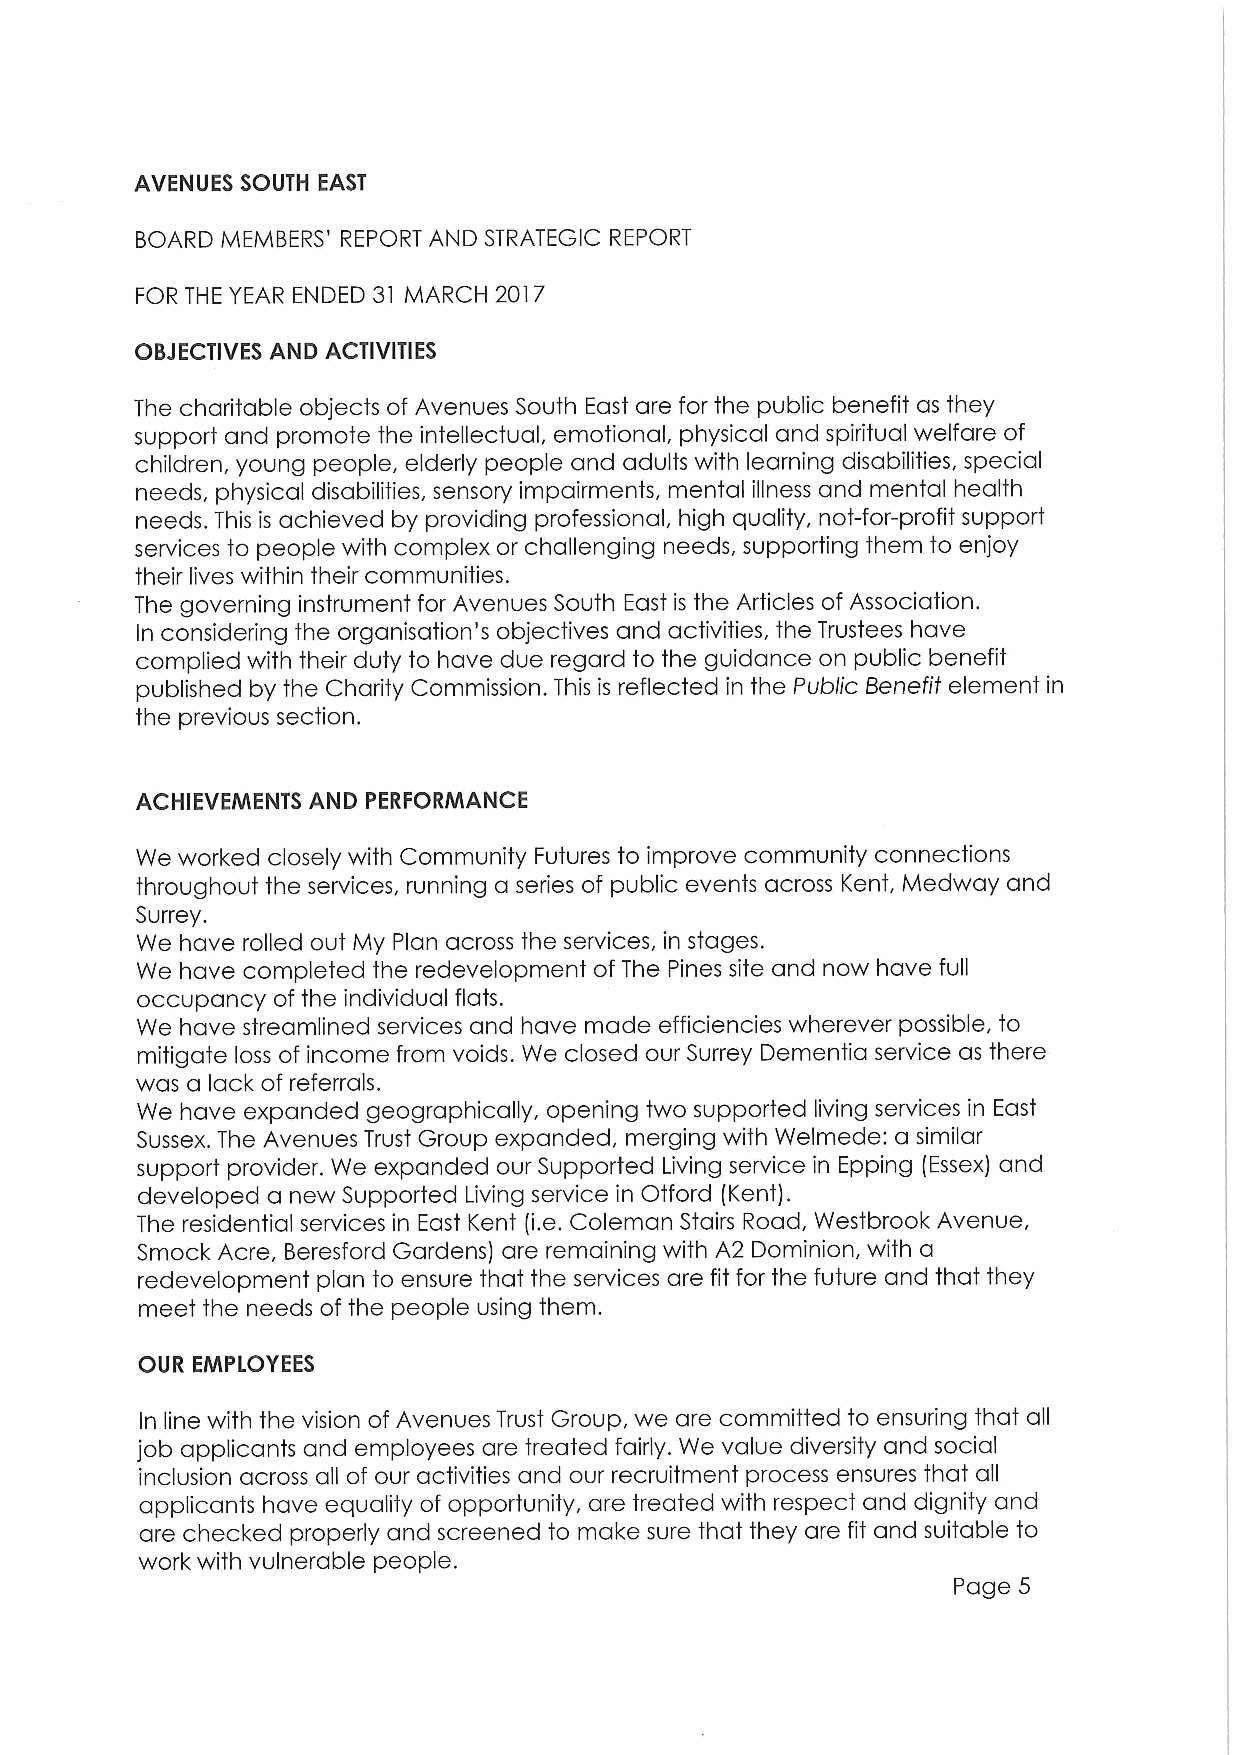
AVENUES SOUTH EAST
 BOARD MEMBERS' REPORT AND STRATEGIC REPORT
 FOR THE YEAR ENDED 31 MARCH 2017
 OBJECTIVES AND ACTIVITIES
 The charitable objects of Avenues South East are for the public benefit as they
 support and promote the intellectual, emotional, physical and spiritual welfare of
 children, young people, elderly people and adults with learning disabilities, special
 needs, physical disabilities, sensory impairments, mental illness and mental health
 needs. This is achieved by providing professional, high quality, not-for-profit support
 services to people with complex or challenging needs, supporting them to enjoy
 their lives within their communities.
 The governing instrument for Avenues South East is the Articles of Association.
 In considering the organisation's objectives and activities, the Trustees have
 complied with their duty to have due regard to the guidance on public benefit
 published by the Charity Commission. This is reflected in the Public Benefit element in
 the previous section.
 ACHIEVEMENTS AND PERFORMANCE
 We worked closely with Community Futures to improve community connections
 throughout the services, running a series of public events across Kent, Medway and
 Surrey.
 We have rolled out My Plan across the services, in stages.
 We have completed the redevelopment ofThe Pines site and now have full
 occupancy of the individual flats.
 We have streamlined services and have made efficiencies wherever possible, to
 mitigate loss of income from voids. We closed our Surrey Dementia service as there
 was a lack of referrals.
 We have expanded geographically, opening two supported living services in East
 Sussex. The Avenues Trust Group expanded, merging with Welmede: a similar
 support provider. We expanded our Supported Living service in Epping (Essex) and
 developed a new Supported Living service in Otford (Kent).
 The residential services in East Kent (i.e.Coleman Stairs Road, Westbrook Avenue,
 Smock Acre, Beresford Gardens) are remaining with A2 Dominion, with a
 redevelopment plan to ensure that the services are fit for the future and that they
 meet the needs of the people using them.
 OUR EMPLOYEES
 In line with the vision of Avenues Trust Group, we are committed to ensuring that all
 job applicants and employees are treated fairly. We value diversity and social
 inclusion across all of our activities and our recruitment process ensures that all
 applicants have equality of opportunity, are treated with respect and dignity and
 are checked properly and screened to make sure that they are fit and suitable to
 work with vulnerable people.
 Page 5